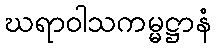
ဃရာဝါသကမ္မဋ္ဌာနံ